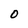
Character: 0